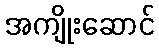
အကျိုးဆောင်